Report on malaria in the Punjab during the year ...  together with an account of the work of the Punjab Malaria Bureau - Volume 6
Disease focus: Malaria
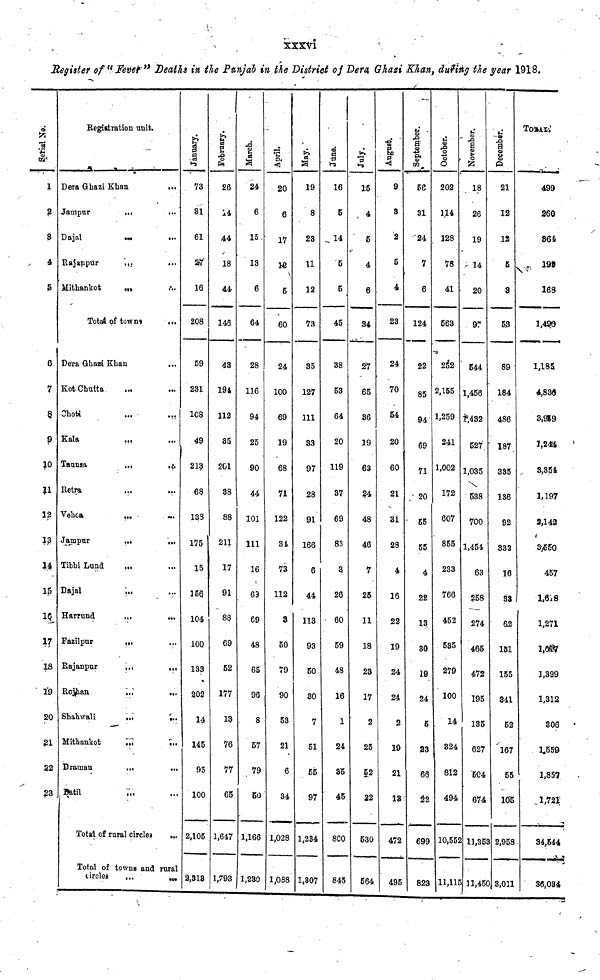
xxxvi
Register of "Fever" Deaths in the Punjab in the District of Dera Ghazi Khan, during the year 1918.
Serial No.
H
1
2
8
4
5
6
7
§
9
10
11
32
13
14
15
16
17
18
19
20
21
22
23
Kegiatration unit.
Dera Ghazi Khan
...
Jampur
...
...
Dajal
...
Rajanpur
...
...
Mithankot
...
Total of towns
.,,
Dera Ghazi Khan
Kot Chutta ...
Choti
Kala
Taunsa
...
...
Retra
Vehoa
...
...
Jampur
...
„.
Tibbi Luna ... ...
Dajal
...
...
Harrund
...
...
Fazilpur ... ...
Eajanpur
...
...
Rojhan
...
...
Shahvali
...
...
Mithankot
...
...
Draman
...
...
Batil ... ...
Total of rural circle3
...
Total of towns and rural
circles
...
...
January
73
81
61
27
16
208
59
231
108
49
213
68
133
175
15
156
104
100
133
202
14
145
95
100
2,105
2,318
Feburary
26
14
A4,
18
44
146
43
194
112
85
261
38
88
211
17
91
88
69
52
177
13
76
11
65
1,647
1,793
March
24
6
15
13
6
64
28
116
94
25
90
44
101
111
16
69
69
48
65
96
8
57
79
50
1,166
1,230
April
20
6
17
12
5
60
24
100
69
19
68
71
122
34
73
112
3
50
79
90
53
21
6
34
1,028
1,088
May
19
8
23
11
12
73
35
127
111
33
97
28
91
166
6
44
113
93
80
30
7
51
55
97
1,234
1,307
June
16
5
14
5
5
45
38
53
64
20
119
37
69
83
3
26
60
59
48
16
1
24
35
45
8C0
845
July
15
4
5
4
6
34
27
65
36
19
63
24
48
46
7
25
11
18
23
17
2
25
52
22
530
564
August
9
3
2
5
4
23
24
70
54
20
60
21
31
28
4
16
22
19
24
24
2
19
21
13
472
495
September
56
31
24
7
6
124
22
85
94
69
71
20
55
55
4
22
13
30
19
24
5
23
66
22
699
823
Octomber
202
114
128
78
41
563
252
2,155
1,259
241
1,002
172
607
855
233
766
452
585
279
100
14
324
812
494
10,55
11,11
November
18
26
19
14
20
97
544
1,456
1,432
527
1,035
538
700
1,454
63
258
274
465
472
195
135
627
504
674
2 11,35
5 11,45
December
21
12
12
5
3
5.3
89
184
486
187
335
136
92
332
16
38
62
181
155
341
52
167
55
10Ë
2,958
3,011
Total
499
260
364
199
168
1,490
1,185
4,836
3,919
1,244
3,354
1,197
2,142
3,550
457
1,618
1,271
1,617
1,399
1,312
306
1,559
1,857
1,721
34,544
36,034